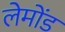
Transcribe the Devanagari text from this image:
लेमोंड